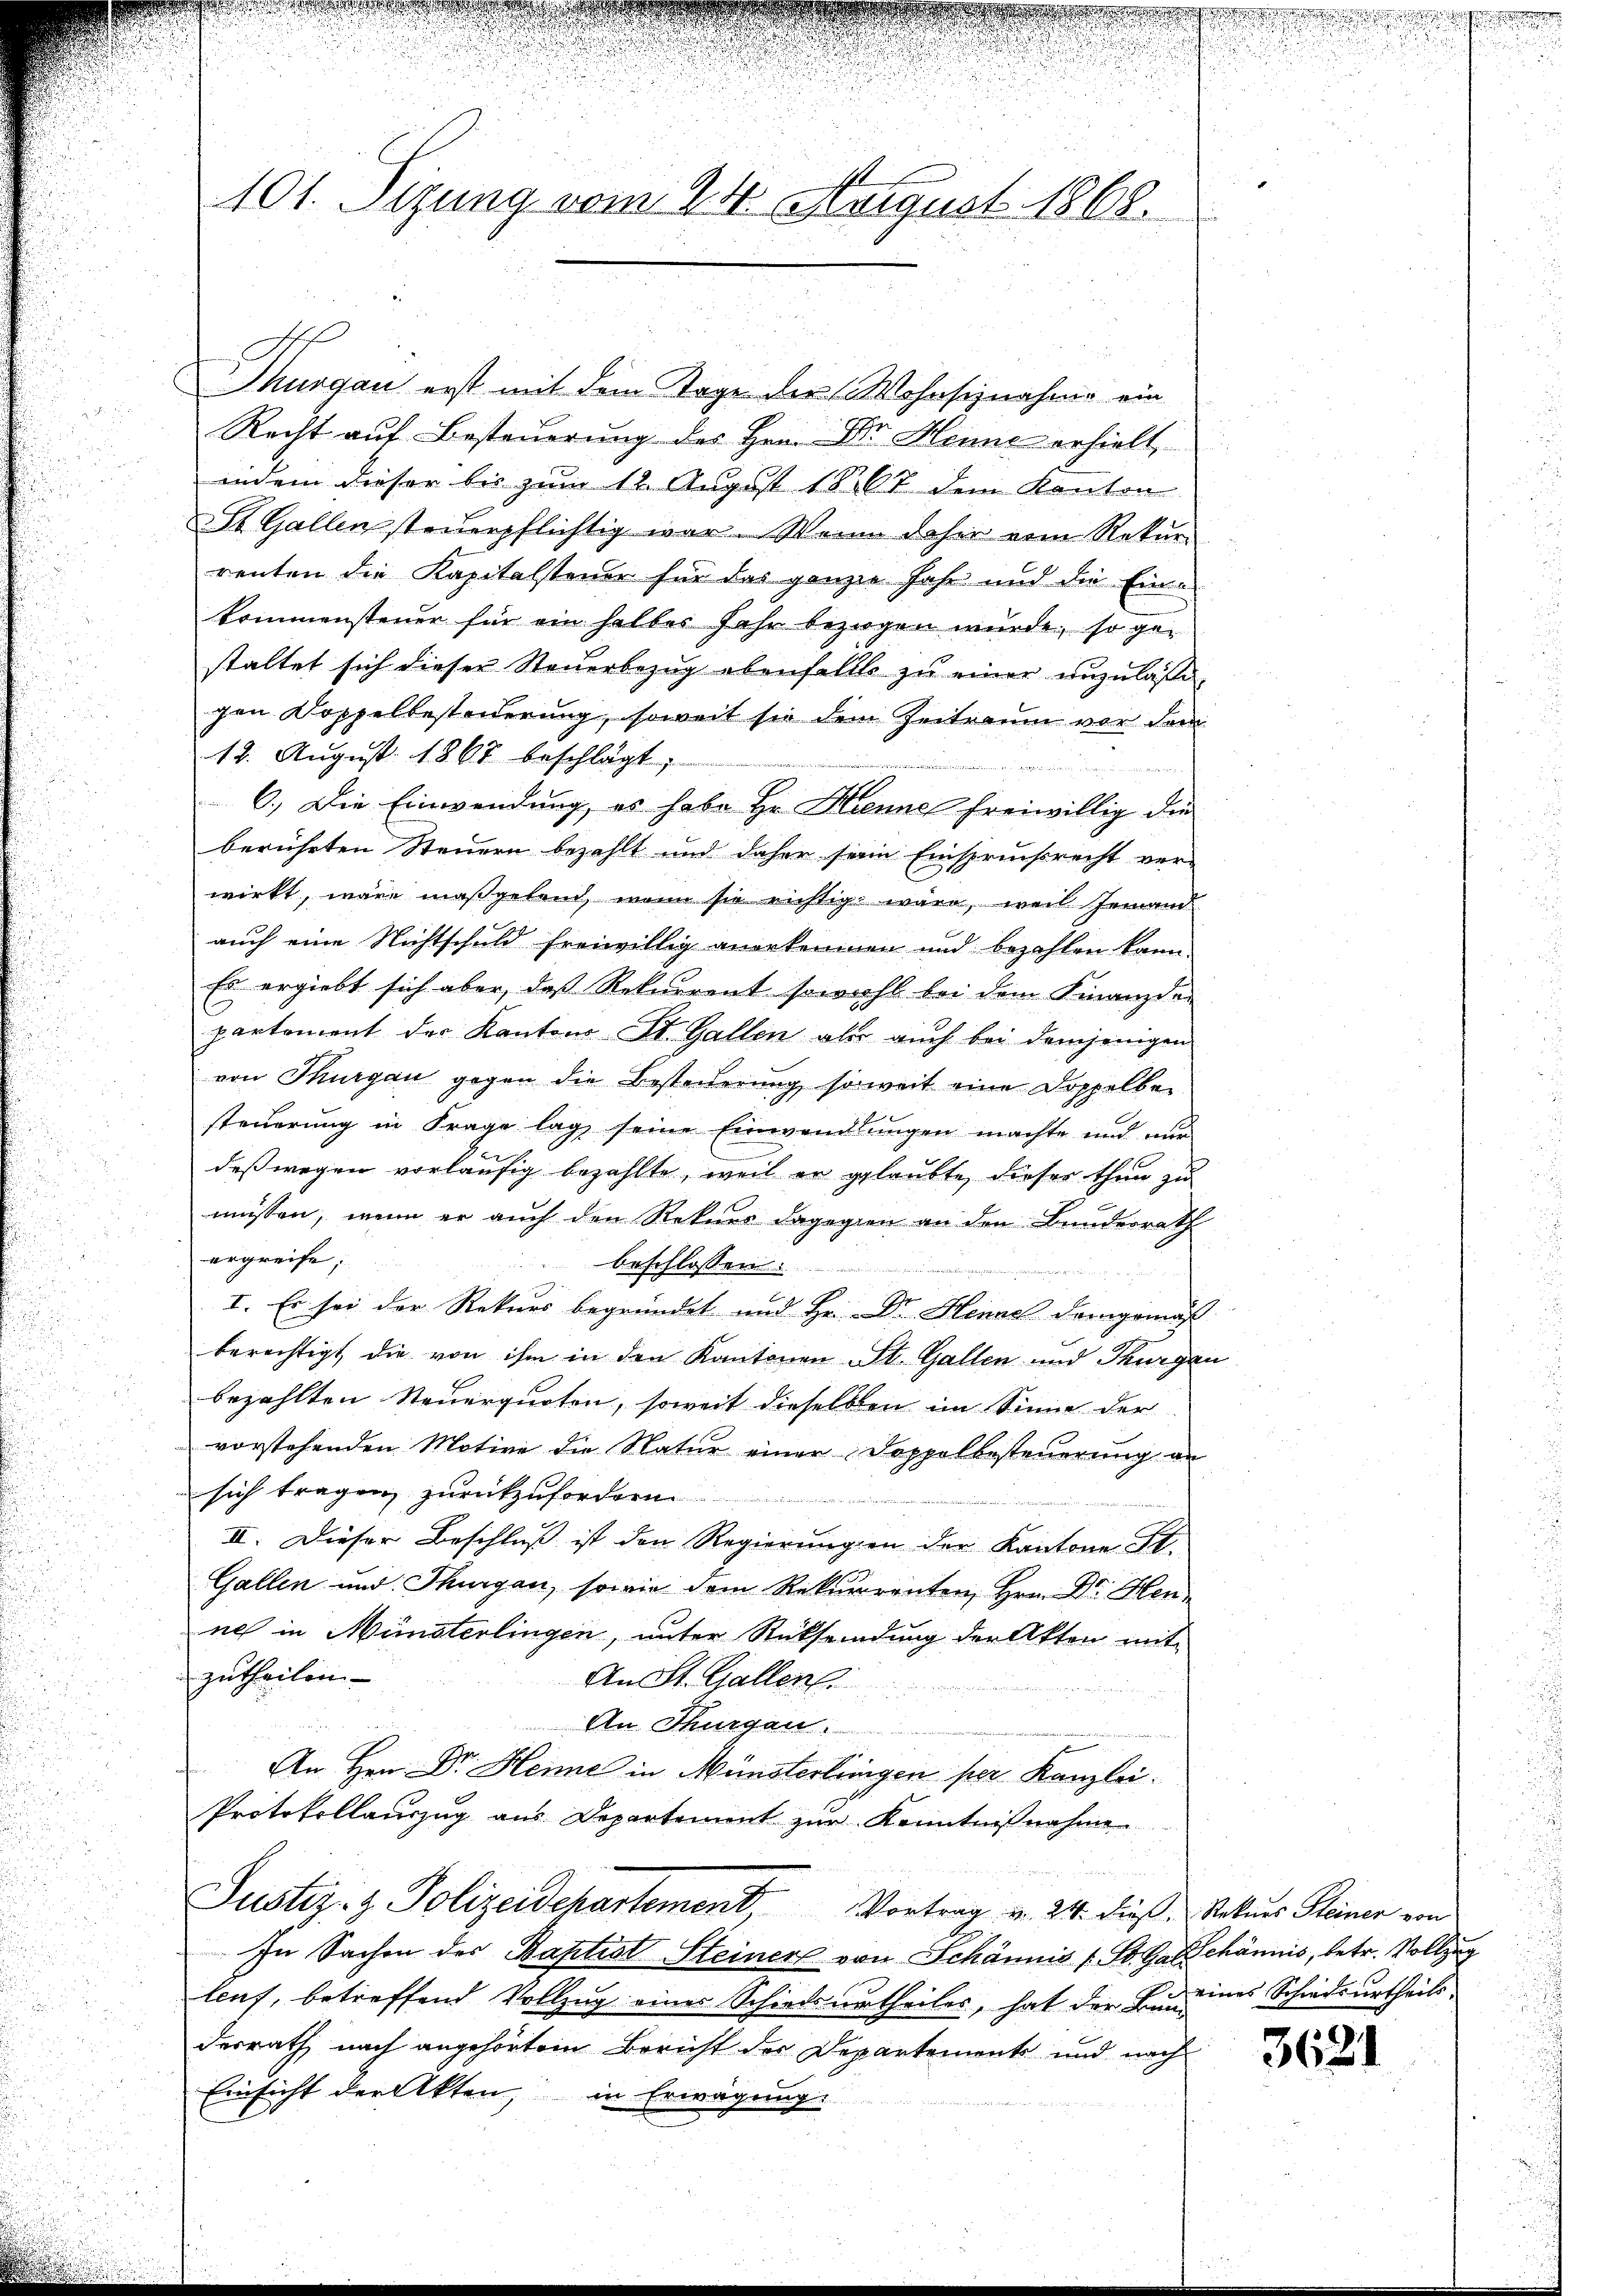
101. Sizung vom 24. August 1868.

Thurgau erst mit dem Tage der Wohnschnahme ein
Recht auf Besteuerung des Hrn. Dr. Henne erhielt,
indem dieser bis zum 12. August 1867 dem Kanton
St. Gallen steuerpflichtig war. Wenn daher eine Rekur-
renten die Kapitalsteuer für das ganzen Jahr und die Eine
kommensteuer für ein halbes Jahr bezogen wurde, so gestaltet sich dieser Steuerbezug ebenfalls zu einer unzulaße
gen Doppelbesteuerung, soweit sie dem Zeitraum vor dem
18. August 1867 beschlägt;
d
6. Die Einwendung, es habe Hr. Hennel freiwillig die
berührten Steuern bezahlt und daher sein Einspruchsrecht ver-
wirkt, wäre maßgebend, wenn sie richtig wäre, weil jemand
auch eine Nichtschuld freiwillig angekommen und bezahlen kann.
Es ergiebt sich aber, daß Rekurrent sowohl bei dem Finanzder
partement der Kantons St. Gallen aber auch bei demjenigen
von Thurgau gegen die Besteuerung soweit eine Doppelber
steuerung in Frage lag seine Einwandlungen machte und nur
e
deßwegen vorläufig bezahlte, weil er glaubte, dieser thun zu
müssen, wenn er auch den Rekurs dagegen an den Bundesrath
ergreife;
Aeschlossen
i
I. Es sei der Rekurs begründet und Hr. Dr. Henne demgemäß
berechtigt, die von ihm in den Kantonen St. Gallen und Thurgan
bezahlten Steuerquoten, soweit dieselben im Sinne der
vorstehenden Motive die Natur einer Doppelbesteuerung an
sich tragen zurückzufordern
II. Dieser Beschluß ist den Regierungen der Kantone St.
Gallen und Thurgau, sowie dem Rekurrenten Hrn. Dr. Hen-
nes in Münsterlingen, unter Rücksendung der Akten mit
zutheilen.
An St. Gallen
An Thurgan.
An Hrn. Dr. Henne in Münsterlinigen per Kanzlei.
Protokollauszug aus Departement zur Kenntnißnahme
Justiz- & Polizeidepartement, Vortrag v. 24. dieß, Rekurs Steiner von
In Sachen der Baptist Steiner von Schännis (St. Gallchännis, betr. Vollzug
leuf, betreffend Vollzug eines Schiedsurtheiles, hat der Gemeines Schiedsurtheils
desrath, nach angehörtem Bericht der Departements und nach
Einsicht der Akten, in Erwägung

i

3621